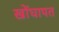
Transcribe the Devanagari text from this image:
खोंघापत